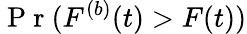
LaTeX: \mathrm{~P~r~}(F^{(b)}(t)>F(t))